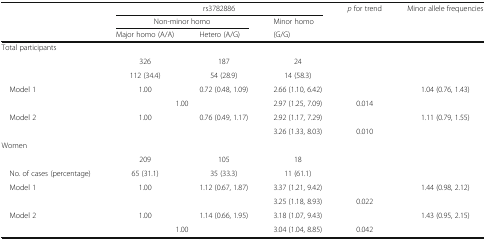
<table><thead><tr><td>[EMPTY_CELL]</td><td colspan="3"><b>rs3782886</b></td><td><b><i>p</i> for trend</b></td><td><b>Minor allele frequencies</b></td></tr><tr><td>[EMPTY_CELL]</td><td colspan="2"><b>Non-minor homo</b></td><td><b>Minor homo</b></td><td>[EMPTY_CELL]</td><td>[EMPTY_CELL]</td></tr><tr><td>[EMPTY_CELL]</td><td><b>Major homo (A/A)</b></td><td><b>Hetero (A/G)</b></td><td><b>(G/G)</b></td><td>[EMPTY_CELL]</td><td>[EMPTY_CELL]</td></tr></thead><tbody><tr><td colspan="6">Total participants</td></tr><tr><td>[EMPTY_CELL]</td><td>326</td><td>187</td><td>24</td><td>[EMPTY_CELL]</td><td>[EMPTY_CELL]</td></tr><tr><td>[EMPTY_CELL]</td><td>112 (34.4)</td><td>54 (28.9)</td><td>14 (58.3)</td><td>[EMPTY_CELL]</td><td>[EMPTY_CELL]</td></tr><tr><td rowspan="2"> Model 1</td><td>1.00</td><td>0.72 (0.48, 1.09)</td><td>2.66 (1.10, 6.42)</td><td>[EMPTY_CELL]</td><td>1.04 (0.76, 1.43)</td></tr><tr><td colspan="2">1.00</td><td>2.97 (1.25, 7.09)</td><td>0.014</td><td>[EMPTY_CELL]</td></tr><tr><td rowspan="2"> Model 2</td><td>1.00</td><td>0.76 (0.49, 1.17)</td><td>2.92 (1.17, 7.29)</td><td>[EMPTY_CELL]</td><td>1.11 (0.79, 1.55)</td></tr><tr><td colspan="2">[EMPTY_CELL]</td><td>3.26 (1.33, 8.03)</td><td>0.010</td><td>[EMPTY_CELL]</td></tr><tr><td colspan="6">Women</td></tr><tr><td>[EMPTY_CELL]</td><td>209</td><td>105</td><td>18</td><td>[EMPTY_CELL]</td><td>[EMPTY_CELL]</td></tr><tr><td> No. of cases (percentage)</td><td>65 (31.1)</td><td>35 (33.3)</td><td>11 (61.1)</td><td>[EMPTY_CELL]</td><td>[EMPTY_CELL]</td></tr><tr><td rowspan="2"> Model 1</td><td>1.00</td><td>1.12 (0.67, 1.87)</td><td>3.37 (1.21, 9.42)</td><td>[EMPTY_CELL]</td><td>1.44 (0.98, 2.12)</td></tr><tr><td colspan="2">[EMPTY_CELL]</td><td>3.25 (1.18, 8.93)</td><td>0.022</td><td>[EMPTY_CELL]</td></tr><tr><td rowspan="2"> Model 2</td><td>1.00</td><td>1.14 (0.66, 1.95)</td><td>3.18 (1.07, 9.43)</td><td>[EMPTY_CELL]</td><td>1.43 (0.95, 2.15)</td></tr><tr><td colspan="2">1.00</td><td>3.04 (1.04, 8.85)</td><td>0.042</td><td>[EMPTY_CELL]</td></tr></tbody></table>